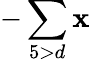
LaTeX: -\sum\limits_{5>d}\mathbf{x}